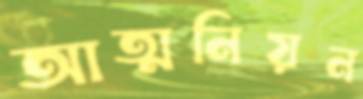
আত্মনিয়ন